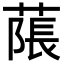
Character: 𦹥